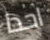
احدا